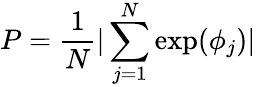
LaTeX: P=\frac{1}{N}|\sum_{j=1}^{N}\exp(\phi_{j})|